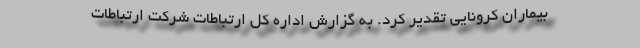
بیماران کرونایی تقدیر کرد. به گزارش اداره کل ارتباطات شرکت ارتباطات